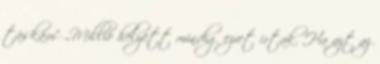
táskám” „Millió helyett mindig ezret írtak. Ha azt az